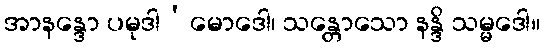
အာနန္ဒော ပမုဒါ’မောဒေါ၊ သန္တောသော နန္ဒိ သမ္မဒေါ။